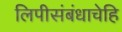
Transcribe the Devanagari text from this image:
लिपीसंबंधाचेहि